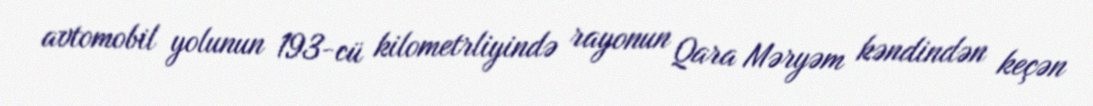
avtomobil yolunun 193-cü kilometrliyində rayonun Qara Məryəm kəndindən keçən